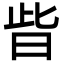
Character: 㫮